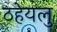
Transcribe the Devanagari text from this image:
ठहेयलु